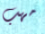
مهب